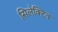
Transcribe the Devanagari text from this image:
सिलेक्टिव